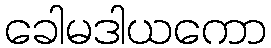
ခေါမဒါယကော